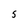
Character: 5